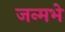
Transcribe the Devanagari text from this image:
जन्मभे